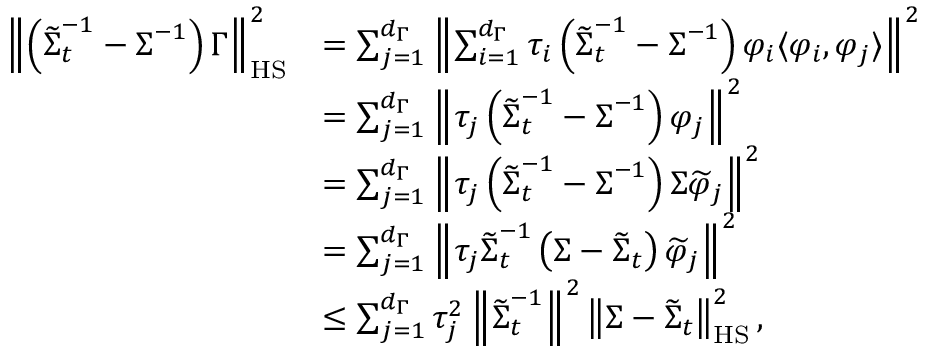
\begin{array} { r l } { \left\| \left( \widetilde { \boldsymbol { \Sigma } } _ { t } ^ { - 1 } - \boldsymbol { \Sigma } ^ { - 1 } \right) \boldsymbol { \Gamma } \right\| _ { \mathrm { H S } } ^ { 2 } } & { = \sum _ { j = 1 } ^ { d _ { \Gamma } } \left\| \sum _ { i = 1 } ^ { d _ { \Gamma } } \tau _ { i } \left( \widetilde { \boldsymbol { \Sigma } } _ { t } ^ { - 1 } - \boldsymbol { \Sigma } ^ { - 1 } \right) \varphi _ { i } \langle \varphi _ { i } , \varphi _ { j } \rangle \right\| ^ { 2 } } \\ & { = \sum _ { j = 1 } ^ { d _ { \Gamma } } \left\| \tau _ { j } \left( \widetilde { \boldsymbol { \Sigma } } _ { t } ^ { - 1 } - \boldsymbol { \Sigma } ^ { - 1 } \right) \varphi _ { j } \right\| ^ { 2 } } \\ & { = \sum _ { j = 1 } ^ { d _ { \Gamma } } \left\| \tau _ { j } \left( \widetilde { \boldsymbol { \Sigma } } _ { t } ^ { - 1 } - \boldsymbol { \Sigma } ^ { - 1 } \right) \boldsymbol { \Sigma } \widetilde { \varphi } _ { j } \right\| ^ { 2 } } \\ & { = \sum _ { j = 1 } ^ { d _ { \Gamma } } \left\| \tau _ { j } \widetilde { \boldsymbol { \Sigma } } _ { t } ^ { - 1 } \left( \boldsymbol { \Sigma } - \widetilde { \boldsymbol { \Sigma } } _ { t } \right) \widetilde { \varphi } _ { j } \right\| ^ { 2 } } \\ & { \leq \sum _ { j = 1 } ^ { d _ { \Gamma } } \tau _ { j } ^ { 2 } \left\| \widetilde { \boldsymbol { \Sigma } } _ { t } ^ { - 1 } \right\| ^ { 2 } \left\| \boldsymbol { \Sigma } - \widetilde { \boldsymbol { \Sigma } } _ { t } \right\| _ { \mathrm { H S } } ^ { 2 } , } \end{array}